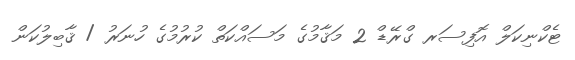
ޓެކްނިކަލް އޮފިސަރ ގްރޭޑް 2 މަޤާމުގެ މަސައްކަތް ކުރުމުގެ ހުނަރު / ޤާބިލުކަން